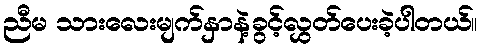
ညီမ သားလေးမျက်နှာနဲ့ခွင့်လွှတ်ပေးခဲ့ပါတယ်။